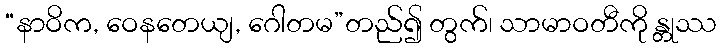
“နာဝိက, ဝေနတေယျ, ဂေါတမ”တည်၍ တွက်၊ သာမာဝတီကို န္တုဿ